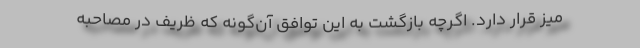
میز قرار دارد. اگرچه بازگشت به این توافق آن‌گونه که ظریف در مصاحبه